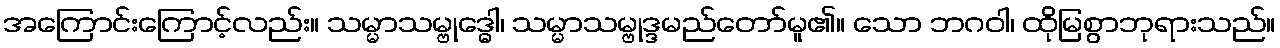
အကြောင်းကြောင့်လည်း။ သမ္မာသမ္ဗုဒ္ဓေါ၊ သမ္မာသမ္ဗုဒ္ဒမည်တော်မူ၏။ သော ဘဂဝါ၊ ထိုမြစွာဘုရားသည်။